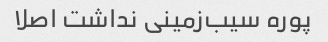
پوره سیب‌زمینی نداشت اصلا